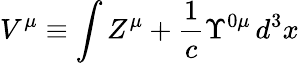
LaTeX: V^{\mu}\equiv\int Z^{\mu}+\frac{1}{c}\Upsilon^{0\mu}\, d^{3}x